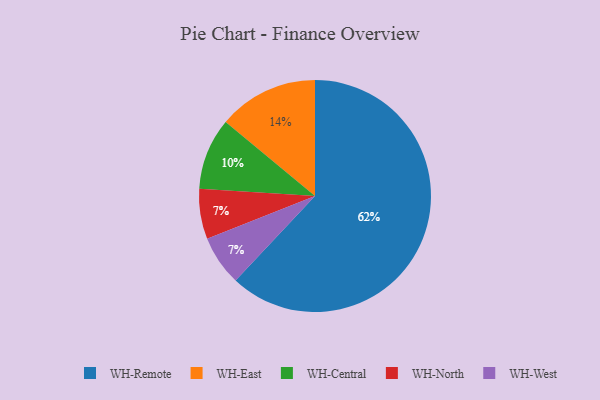
{"axis": {"x": "Category", "y": "Percentage"}, "legend": ["WH-Central", "WH-East", "WH-North", "WH-Remote", "WH-West"], "data": [{"x": "WH-East", "y": 14, "type": "WH-East"}, {"x": "WH-Central", "y": 10, "type": "WH-Central"}, {"x": "WH-Remote", "y": 62, "type": "WH-Remote"}, {"x": "WH-North", "y": 7, "type": "WH-North"}, {"x": "WH-West", "y": 7, "type": "WH-West"}]}